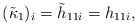
\begin{align*}(\tilde{\kappa}_1)_i=\tilde{h}_{11i}=h_{11i},\end{align*}